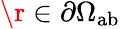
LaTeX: \r\in\partial\Omega_{\mathrm{{ab}}}